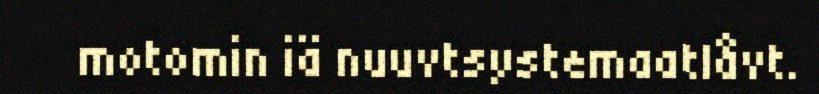
motomin iä nuuvtsystemaatlåvt.